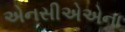
એનસીએએના